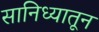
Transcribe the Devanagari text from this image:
सानिध्यातून